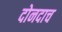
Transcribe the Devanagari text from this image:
दोनदाच